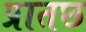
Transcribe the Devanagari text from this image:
प्रातछ